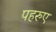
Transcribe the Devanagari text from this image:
पहरुए